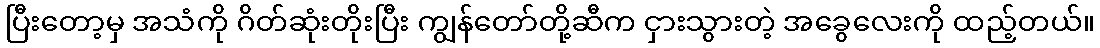
ပြီးတော့မှ အသံကို ဂိတ်ဆုံးတိုးပြီး ကျွန်တော်တို့ဆီက ငှားသွားတဲ့ အခွေလေးကို ထည့်တယ်။